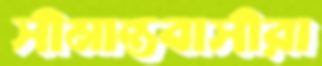
সীমান্তবাসীরা